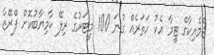
ޖެމެއިކާގެ ޓީމާ އެކު ހަތަރެއް ގުނަ 100 މީޓަރުގެ ރިލޭ ކާމިޔާބުކޮށް ފްރޭޒާ